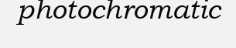
photochromatic